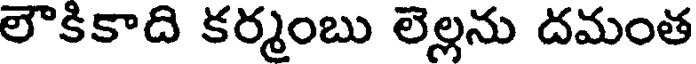
లౌకికాది కర్మంబు లెల్లను దమంత